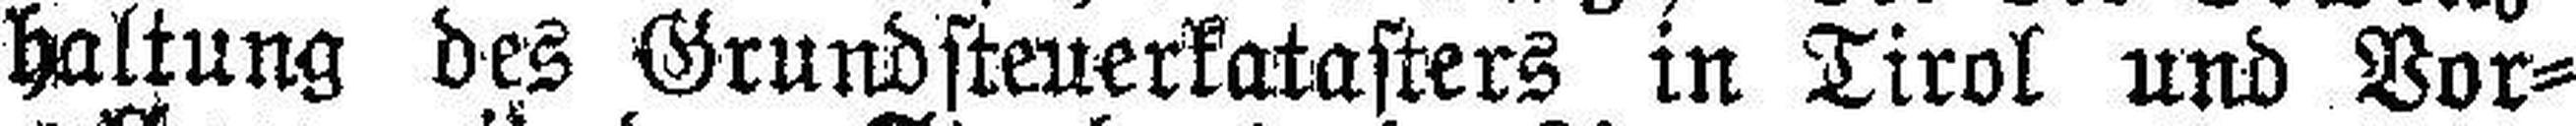
haltung des Grundsteuerkatasters in Tirol und Vor¬